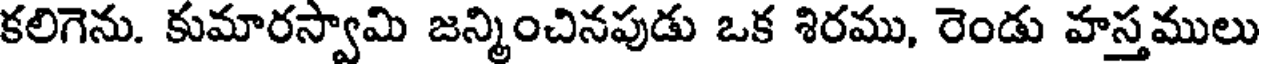
కలిగెను. కుమారస్వామి జన్మించినపుడు ఒక శిరము, రెండు హస్తములు